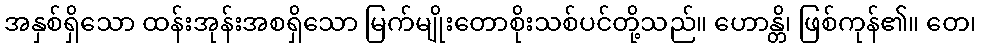
အနှစ်ရှိသော ထန်းအုန်းအစရှိသော မြက်မျိုးတောစိုးသစ်ပင်တို့သည်။ ဟောန္တိ၊ ဖြစ်ကုန်၏။ တေ၊